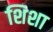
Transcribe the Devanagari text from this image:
शिशा